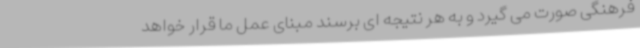
فرهنگی صورت می گیرد و به هر نتیجه ای برسند مبنای عمل ما قرار خواهد